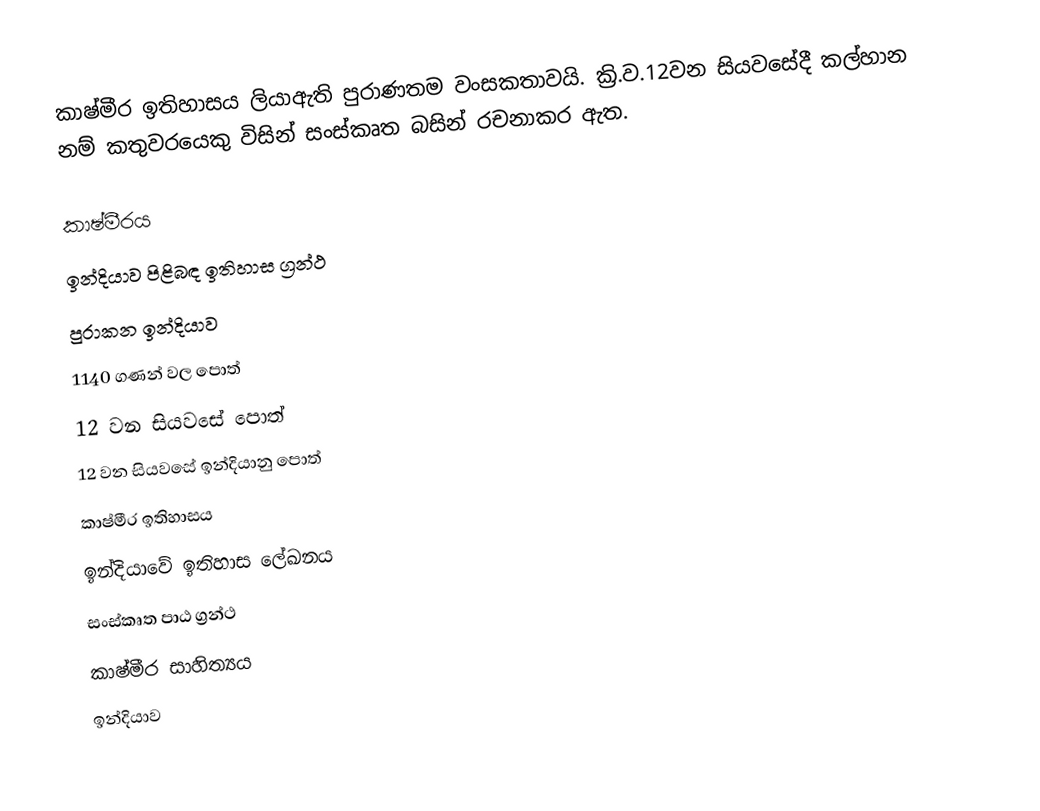
කාෂ්මීර ඉතිහාසය ලියාඇති පුරාණතම වංසකතාවයි. ක්‍රි.ව.12වන සියවසේදී කල්හාන නම් කතුවරයෙකු විසින් සංස්කෘත බසින් රචනාකර ඇත.

කාෂ්මීරය
ඉන්දියාව පිළිබඳ ඉතිහාස ග්‍රන්ථ
පුරාකන ඉන්දියාව
1140 ගණන් වල පොත්
12 වන සියවසේ පොත්
12 වන සියවසේ ඉන්දියානු පොත්
කාෂ්මීර ඉතිහාසය
ඉන්දියාවේ ඉතිහාස ලේඛනය
සංස්කෘත පාඨ ග්‍රන්ථ
කාෂ්මීර සාහිත්‍යය
ඉන්දියාව